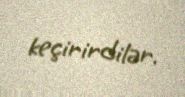
keçirirdilər.